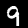
Label: 9